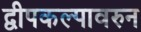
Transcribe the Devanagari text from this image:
द्वीपकल्पावरुन